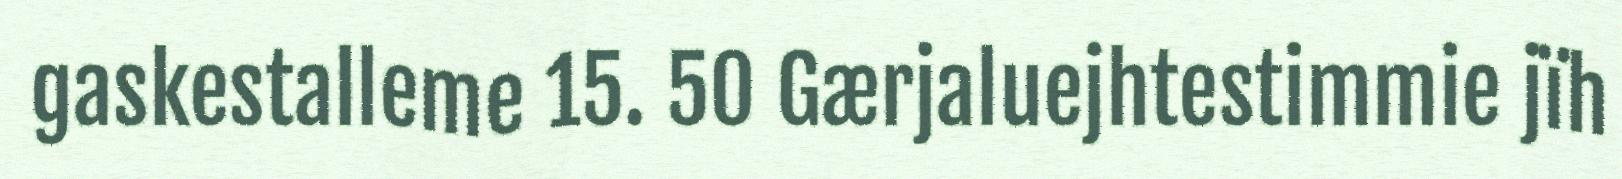
gaskestalleme 15. 50 Gærjaluejhtestimmie jïh